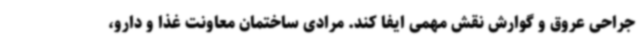
جراحی عروق و گوارش نقش مهمی ایفا کند. مرادی ساختمان معاونت غذا و دارو،